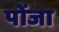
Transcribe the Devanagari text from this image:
पोंजा